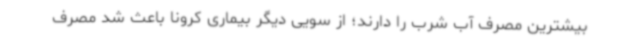
بیشترین مصرف آب شرب را دارند؛ از سویی دیگر بیماری کرونا باعث شد مصرف